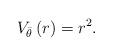
LaTeX: \begin{align*}V_{\bar\theta}\left(r\right)= r^2.\end{align*}